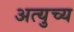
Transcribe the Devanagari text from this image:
अत्युच्य